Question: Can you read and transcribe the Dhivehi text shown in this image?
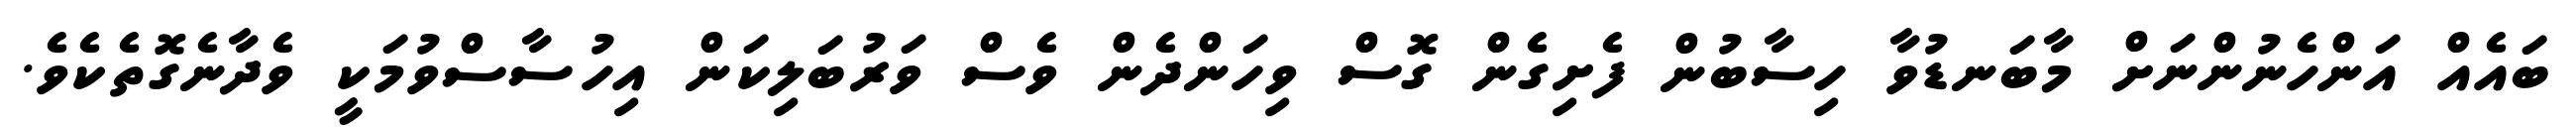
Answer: ބައެއް އަންހެނުންނަށް މާބަނޑުވާ ހިސާބުން ފެށިގެން ގޮސް ވިހަންދެން ވެސް ވަރުބަލިކަން އިހުސާސްވުމަކީ ވެދާނެގޮތެކެވެ.